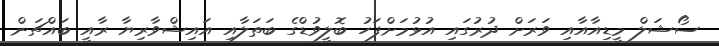
ސޯޝަލް މީޑިއާއާއި ވަރަށް ދުރުގައި އުޅުމަށްފަހު ބޮލީވުޑްގެ ބަތަލާއި އައިޝްވާރިޔާ ރާއީ ބައްޗަން